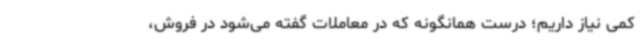
کمی نیاز داریم؛ درست همانگونه که در معاملات گفته می‌شود در فروش،